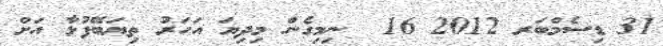
31 ޑިސެމްބަރ 2012 16  ނިމިގެން މިދިޔަ އަހަރު ތިޔަބޭފުޅާ އަށް